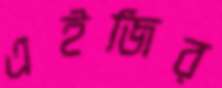
এইজির